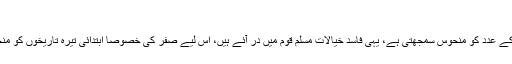
احکام شریعت: 2؍189
مغربی دنیا تیرہ (13) کے عدد کو منحوس سمجھتی ہے، یہی فاسد خیالات مسلم قوم میں در آئے ہیں، اس لیے صفر کی خصوصاً ابتدائی تیرہ تاریخوں کو منحوس گمان کیا جاتا ہے۔